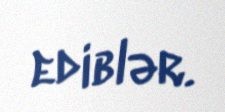
ediblər.